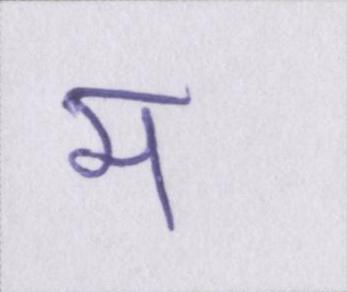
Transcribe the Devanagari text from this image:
म